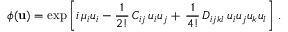
\phi ( { \bf u } ) = \exp \left[ i \, \mu _ { i } u _ { i } - { \frac { 1 } { 2 ! } } \, C _ { i j } \, u _ { i } u _ { j } + \, { \frac { 1 } { 4 ! } } \, D _ { i j k l } \, u _ { i } u _ { j } u _ { k } u _ { l } \right] \, .